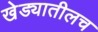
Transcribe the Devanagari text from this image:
खेड्यातीलच